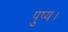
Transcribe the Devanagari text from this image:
पुष्य।